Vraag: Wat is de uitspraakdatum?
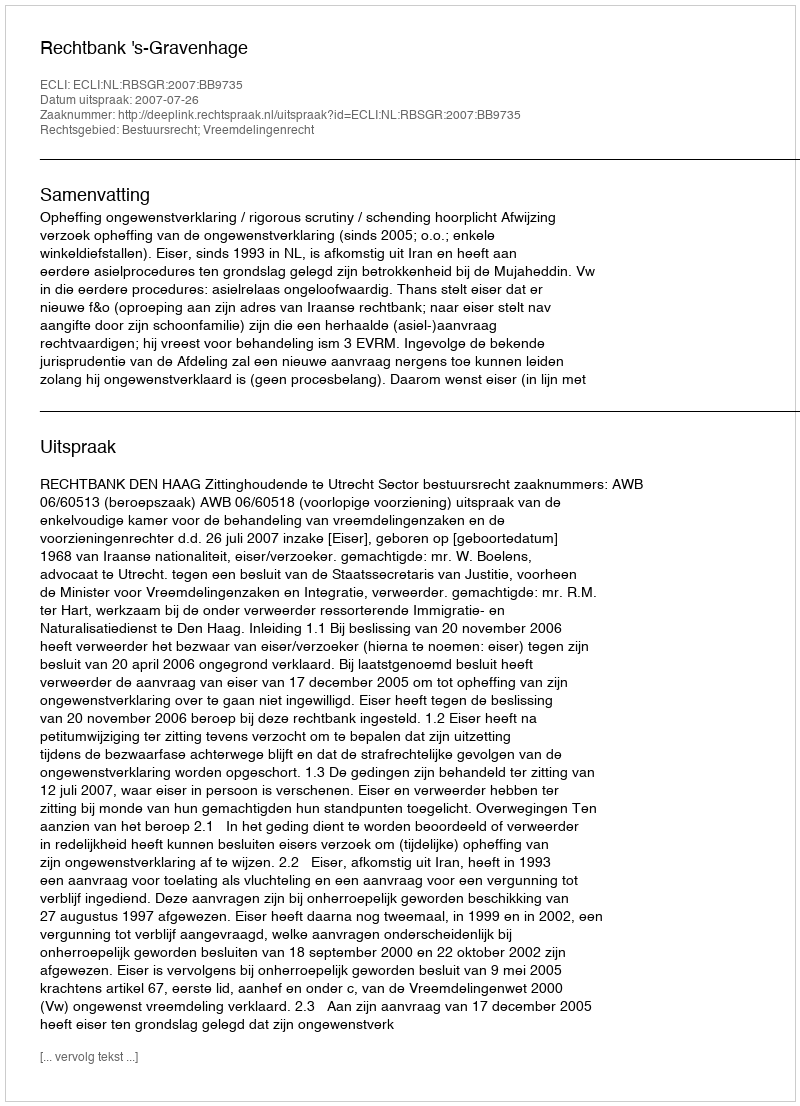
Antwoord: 2007-07-26